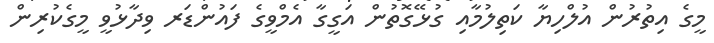
މީގެ އިތުރުން އުލްހިޔާ ކަތިލުމާއި ގުޅޭގޮތުން އަގީގާ އެމްވީގެ ފައުންޑަރ ވިދާޅުވީ މީގެކުރިން